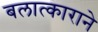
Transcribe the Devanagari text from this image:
बलात्काराने